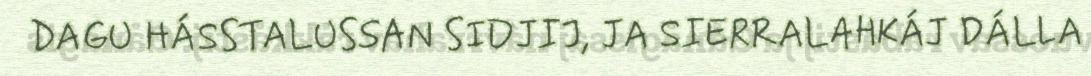
DAGU HÁSSTALUSSAN SIDJIJ, JA SIERRALAHKÁJ DÁLLA